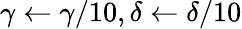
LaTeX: \gamma\leftarrow\gamma/10,\delta\leftarrow\delta/10